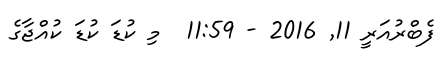
ފެބްރުއަރީ 11